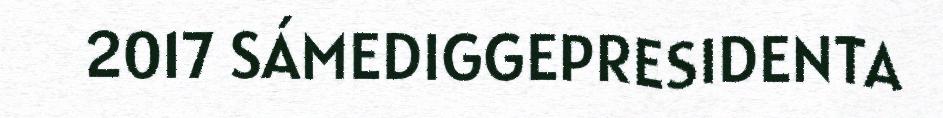
2017 SÁMEDIGGEPRESIDENTA